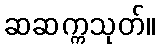
ဆဆက္ကသုတ်။